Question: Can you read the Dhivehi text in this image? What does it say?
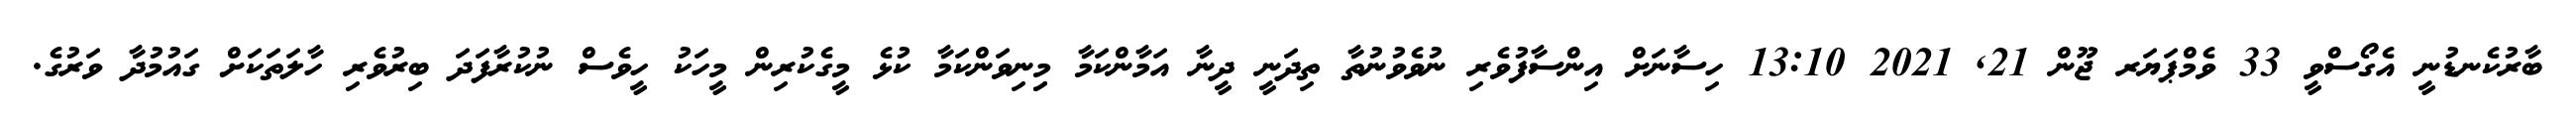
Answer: ބާރުކެނޑުނީ އެގޯސްވީ 33 ވެމްޕަޔަރ ޖޫން 21, 2021 13:10 ހިސާނަށް އިންސާފުވެރި ނުވެވުނުތާ ތިދަނީ ދީނާ އަމާންކަމާ މިިނިވަންކަމާ ކުޅެ މީގެކުރިން މީހަކު ހީވެސް ނުކުރާފަދަ ބިރުވެރި ހާލަތަކަށް ގައުމުދާ ވަރުގެ.